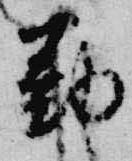
勤